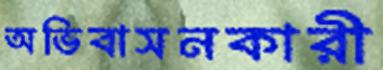
অভিবাসনকারী